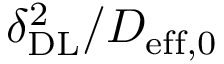
\delta _ { \mathrm { { D L } } } ^ { 2 } / D _ { \mathrm { { e f f , 0 } } }